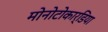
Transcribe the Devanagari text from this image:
मोनोटोकार्डिया